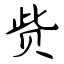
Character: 赀